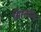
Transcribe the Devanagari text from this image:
सिस्लॉग